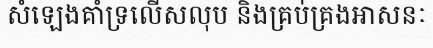
សំឡេងគាំទ្រលើសលុប និងគ្រប់គ្រងអាសនៈ